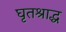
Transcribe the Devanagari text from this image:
घृतश्राद्ध